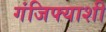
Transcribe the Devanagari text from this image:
गंजिफ्याशी